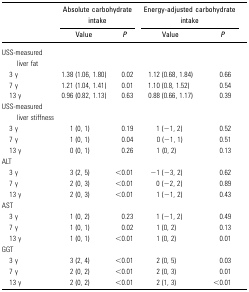
|  | <COLSPAN=2> Absolute carbohydrate intake | <COLSPAN=2> Energy-adjusted carbohydrate intake |
 |  | Value | P | Value | P |
 | --- | --- | --- | --- | --- |
 | USS-measured liver fat |  |  |  |  |
 | 3 y | 1.38 (1.06, 1.80) | 0.02 | 1.12 (0.68, 1.84) | 0.66 |
 | 7 y | 1.21 (1.04, 1.41) | 0.01 | 1.10 (0.8, 1.52) | 0.54 |
 | 13 y | 0.96 (0.82, 1.13) | 0.63 | 0.88 (0.66, 1.17) | 0.39 |
 | USS-measured liver stiffness |  |  |  |  |
 | 3 y | 1 (0, 1) | 0.19 | 1 (−1, 2) | 0.52 |
 | 7 y | 1 (0, 1) | 0.04 | 0 (−1, 1) | 0.51 |
 | 13 y | 0 (0, 1) | 0.26 | 1 (0, 2) | 0.13 |
 | ALT |  |  |  |  |
 | 3 y | 3 (2, 5) | <0.01 | −1 (−3, 2) | 0.62 |
 | 7 y | 2 (0, 3) | <0.01 | 0 (−2, 2) | 0.89 |
 | 13 y | 2 (0, 3) | <0.01 | 1 (−1, 2) | 0.43 |
 | AST |  |  |  |  |
 | 3 y | 1 (0, 2) | 0.23 | 1 (−1, 2) | 0.49 |
 | 7 y | 1 (0, 1) | 0.02 | 1 (0, 2) | 0.13 |
 | 13 y | 1 (0, 1) | <0.01 | 1 (0, 2) | 0.01 |
 | GGT |  |  |  |  |
 | 3 y | 3 (2, 4) | <0.01 | 2 (0, 5) | 0.03 |
 | 7 y | 2 (0, 2) | <0.01 | 2 (0, 3) | 0.01 |
 | 13 y | 2 (0, 2) | <0.01 | 2 (1, 3) | <0.01 |